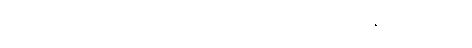
ထိုပြုဖွယ်ကိစ္စကို။ ကရောဟိ၊ ပြုလော။ ဣတိ၊ ဤသို့။ (အဝေါစ၊